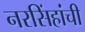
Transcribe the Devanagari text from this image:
नरसिंहांची